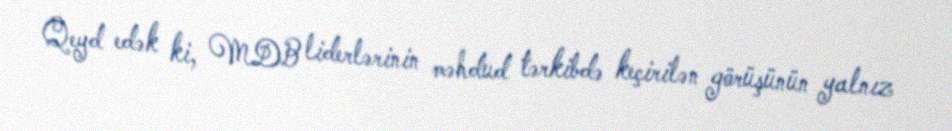
Qeyd edək ki, MDB liderlərinin məhdud tərkibdə keçirilən görüşünün yalnız